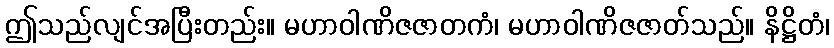
ဤသည်လျင်အပြီးတည်း။ မဟာဝါဏိဇဇာတကံ၊ မဟာဝါဏိဇဇာတ်သည်။ နိဋ္ဌိတံ၊